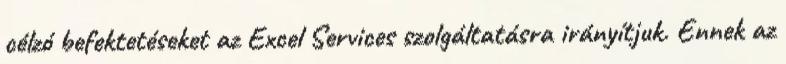
célzó befektetéseket az Excel Services szolgáltatásra irányítjuk. Ennek az